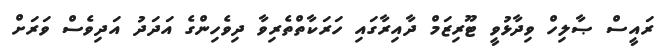
ރައީސް ޞާލިހް ވިދާޅުވީ ޓޫރިޒަމް ދާއިރާގައި ހަރަކާތްތެރިވާ ދިވެހިންގެ އަދަދު އަދިވެސް ވަރަށް